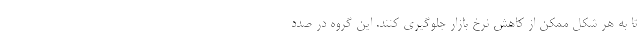
تا به هر شکل ممکن از کاهش نرخ بازار جلوگیری کنند. این گروه در صدد